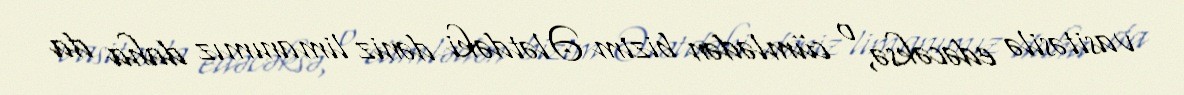
vasitəsilə edəcəksə, o cümlədən bizim Ələtdəki dəniz limanımız daha da